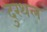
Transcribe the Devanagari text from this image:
दुरथल